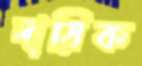
দায়িক